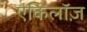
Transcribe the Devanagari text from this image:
एंकिलॉज़